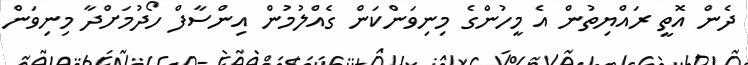
ދެން އޮތީ ރައްޔިތުން އެ މީހުންގެ މިނިވަންކަން ގެއްލުމުން އިންސާފް ހޯދުމަށްދާ މިނިވަން